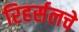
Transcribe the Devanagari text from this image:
रिहर्सलचे